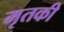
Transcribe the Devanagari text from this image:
मृतकी